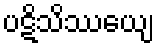
ပဋိသိဿေယျ